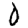
Digit: 0